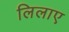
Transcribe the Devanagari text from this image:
लिलाए